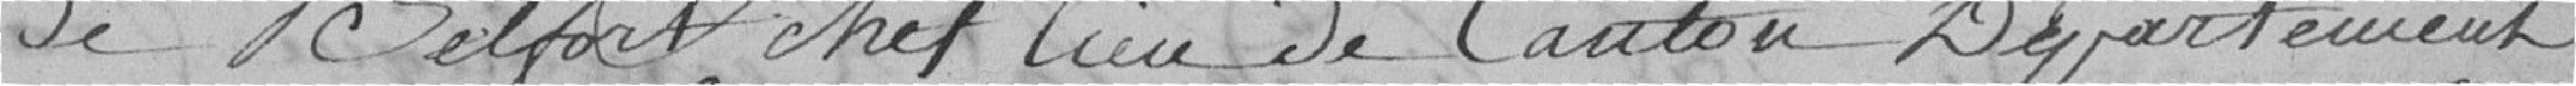
de Belfort chef lieu de Canton Département